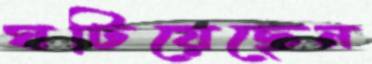
ঘটিয়েছেন